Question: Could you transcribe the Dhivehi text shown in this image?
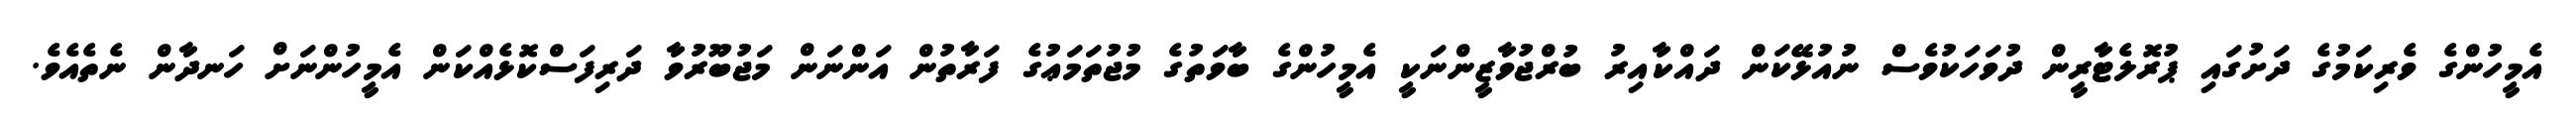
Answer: އެމީހުންގެ ވެރިކަމުގެ ދަށުގައި ޕުރޮލެޓާރީން ދުވަހަކުވެސް ނުއުޅޭކަން ދައްކާއިރު ބުރްޖުވާޒީންނަކީ އެމީހުންގެ ބާވަތުގެ މުޖުތަމަޢުގެ ފަރާތުން އަންނަން މަޖުބޫރުވާ ދަރިފަސްކޮޅެއްކަން އެމީހުންނަށް ހަނދާން ނެތެއެވެ.